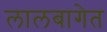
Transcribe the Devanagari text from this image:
लालबागेत